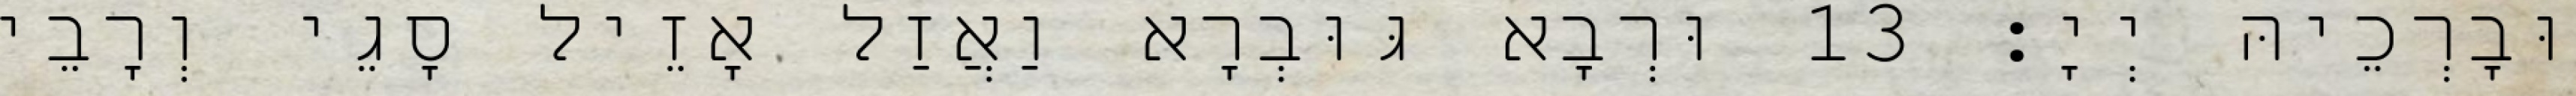
וּבָרְכֵיהּ יְיָ׃ 13 וּרְבָא גּוּבְרָא וַאֲזַל אָזֵיל סָגֵי וְרָבֵי